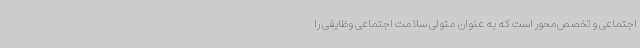
اجتماعی و تخصص‌محور است که به‌ عنوان متولی سلامت اجتماعی وظایفی را